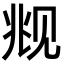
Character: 𬢋